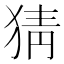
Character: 猜